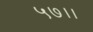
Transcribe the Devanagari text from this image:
५७।।